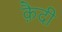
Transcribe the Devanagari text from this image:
कै़दी